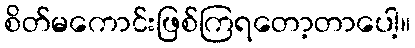
စိတ်မကောင်းဖြစ်ကြရတော့တာပေါ့။